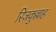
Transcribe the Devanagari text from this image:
रिजकुल्लाह